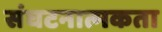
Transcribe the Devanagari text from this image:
संघटनात्मकता